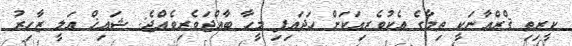
ކީރިތި ޤްރްއާނަކީ ތިމާގެ އެކުވެރިއަކަށް ހަދައިފި މީހާ ބާއްޖަވެރިވެއްޖެ: ޝައިޚް ޢަލީ ޒާހިރު